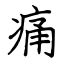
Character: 痛